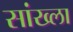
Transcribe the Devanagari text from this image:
सांख्ला